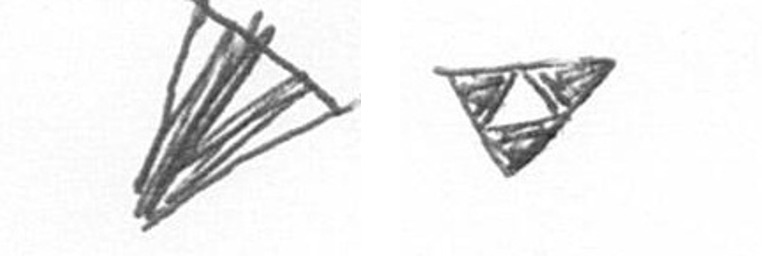
O S